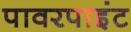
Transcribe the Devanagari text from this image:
पावरपाइंट